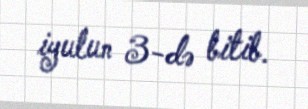
iyulun 3-də bitib.